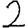
Digit: 2